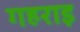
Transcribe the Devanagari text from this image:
गहराइ